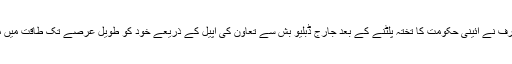
جنرل مشرف نے آئینی حکومت کا تختہ پلٹنے کے بعد جارج ڈبلیو بش سے تعاون کی اپیل کے ذریعے خود کو طویل عرصے تک طاقت میں متعین کیا۔